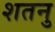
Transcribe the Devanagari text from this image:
शतनु